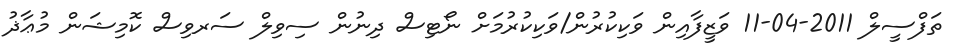
ތަފްސީލް 2011-04-11 ވަޒީފާއިން ވަކިކުރުން/ވަކިކުރުމަށް ނޯޓިސް ދިނުން ސިވިލް ސަރވިސް ކޮމިޝަން މުޢާޛު